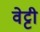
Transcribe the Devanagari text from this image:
वेट्टी